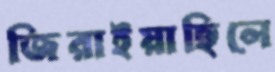
জিরাইয়াছিলে